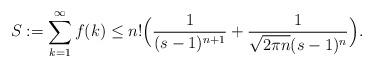
LaTeX: \begin{align*} S:=\sum_{k=1}^\infty f(k)\leq n!\Big(\frac{1}{(s-1)^{n+1}}+ \frac{1}{\sqrt{2\pi n} (s-1)^n}\Big).\end{align*}